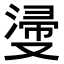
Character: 𣺎